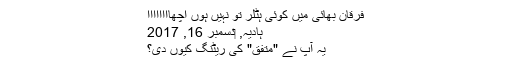
فرقان بھائی میں کوئی ہٹلر تو نہیں ہوں اچھاااااااا
ہادیہ, ‏دسمبر 16, 2017
یہ آپ نے "متفق" کی ریٹنگ کیوں دی؟